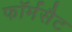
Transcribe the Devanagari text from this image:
फॉर्मसैट